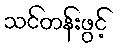
သင်တန်းဖွင့်